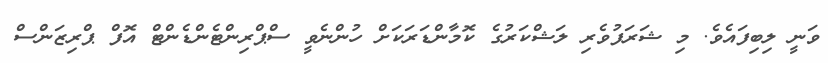
ވަނީ ލިބިފައެވެ. މި ޝަރަފުވެރި ލަޝްކަރުގެ ކޮމާންޑަރަކަށް ހުންނެވީ ސްޕްރިންޓެންޑެންޓް އޮފް ޕްރިޒަންސް